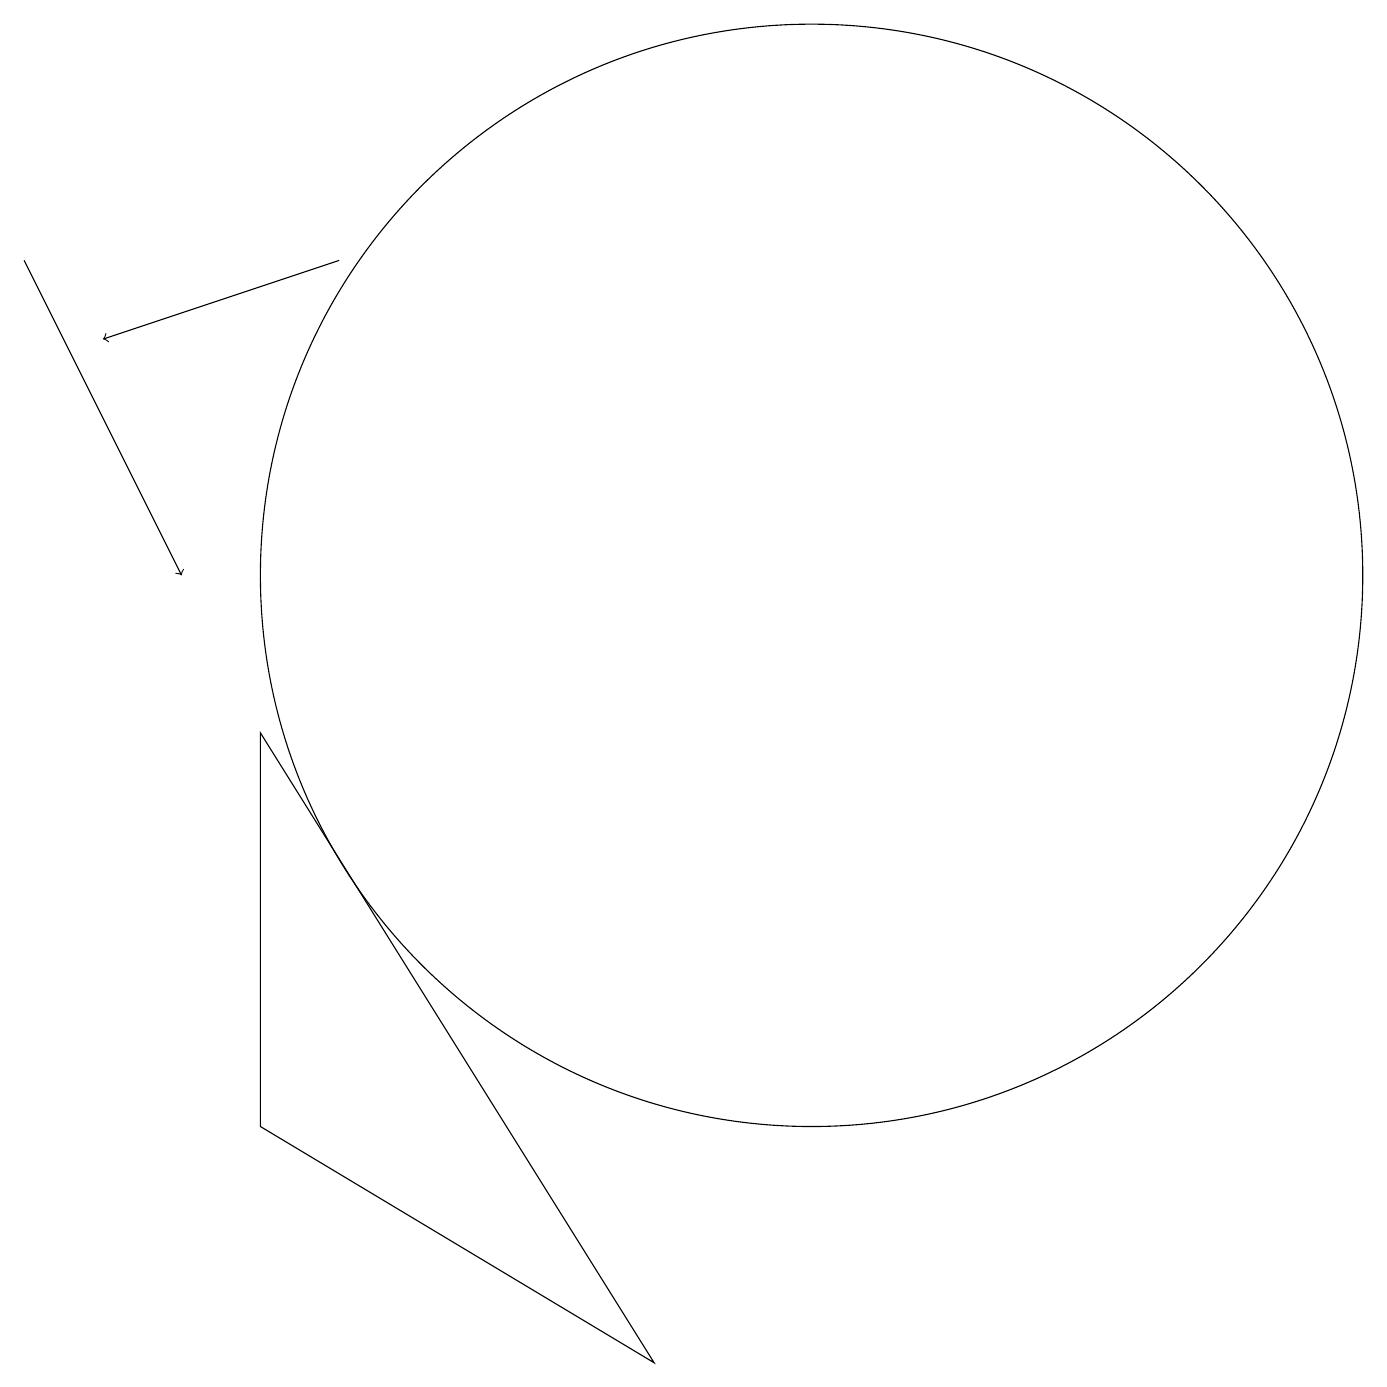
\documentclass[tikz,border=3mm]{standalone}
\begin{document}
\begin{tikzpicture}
\draw[->] (5,15) -- (2,14);
\draw (11,11) circle (7);
\draw[->] (1,15) -- (3,11);
\draw (9,1) -- (4,4) -- (4,9) -- cycle;
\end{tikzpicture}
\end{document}